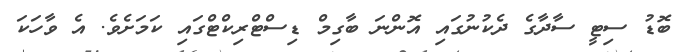
ބޮޑު ސިޓީ ސާދާގެ ދެކުނުގައި އޮންނަ ބާގިމް ޑިސްޓްރިކްޓްގައި ކަމަށެވެ. އެ ވާހަކަ